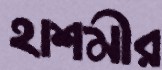
হাশমীর